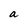
Character: a